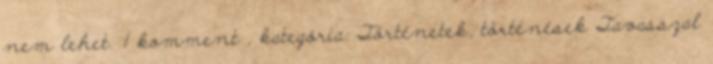
nem lehet. 1 komment , kategória: Történetek, történések Tavasszal